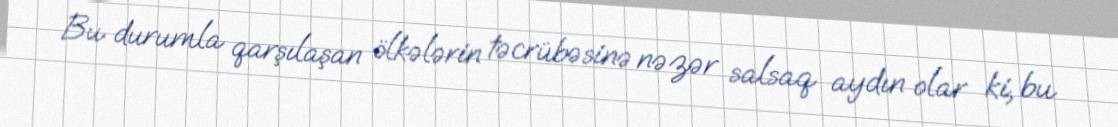
Bu durumla qarşılaşan ölkələrin təcrübəsinə nəzər salsaq aydın olar ki, bu